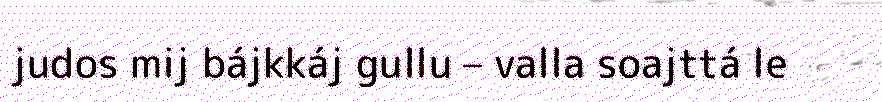
judos mij bájkkáj gullu – valla soajttá le